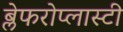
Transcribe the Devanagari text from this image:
ब्लेफरोप्लास्टी